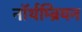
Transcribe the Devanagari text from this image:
नॉर्थम्ब्रियन